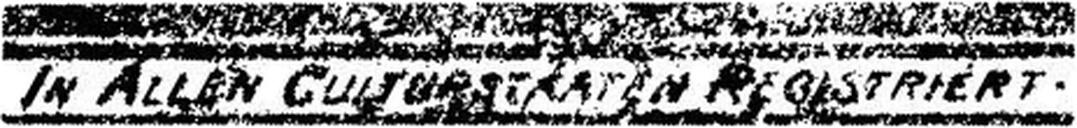
IN ALLEN CUISURSTRATEN REGISTRIERT.